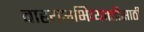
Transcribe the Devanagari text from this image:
बाहयअभिव्यक्‍तीसाठी